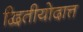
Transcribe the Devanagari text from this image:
द्वितीयोदात्त